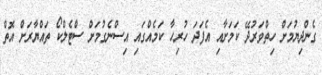
ގެންދިޔުމަށް ހިތްވަރުދޭ ކަމަށާއި އެފަދަ ހުރިހާ ކަމެއްގައި އިސްނެގުމަށް ސްޓެލްކޯ ތައްޔާރަށް އޮތް